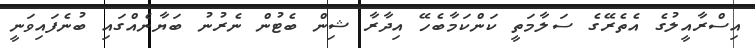
އިސްރާއީލުގެ އެތެރޭގެ ސަލާމަތީ ކަންކަމާބެހޭ އިދާރާ ޝިން ބެޓުން ނެރުނު ބަޔާނެއްގައި ބުނެފައިވަނީ